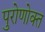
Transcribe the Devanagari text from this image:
पुरोणोक्त